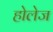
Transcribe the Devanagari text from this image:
होलेज